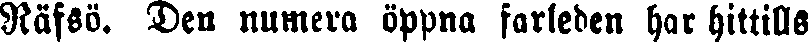
Räfsö. Den numera öppna farleden har hittills